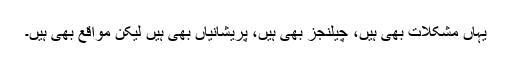
یہاں مشکلات بھی ہیں، چیلنجز بھی ہیں، پریشانیاں بھی ہیں لیکن مواقع بھی ہیں۔